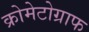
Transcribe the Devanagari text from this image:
क्रोमेटोग्राफ